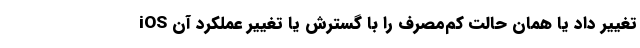
iOS تغییر داد یا همان حالت کم‌مصرف را با گسترش یا تغییر عملکرد آن